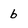
Character: b